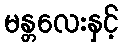
မန္တလေးနှင့်